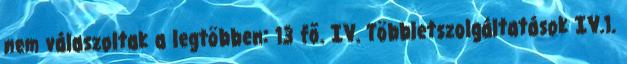
nem válaszoltak a legtöbben: 13 fő. IV. Többletszolgáltatások IV.1.